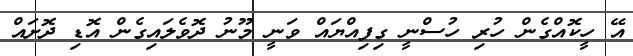
އޭ ހީކޮއްގެން ހުރި ހުސްނީ ގިފިއްޔައް ވަނީ މޫނު ދޮވެލައިގެން އޮޑި ދޮށައް